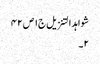
شواہد التنزیل ج١ ص ٤٢
٢۔